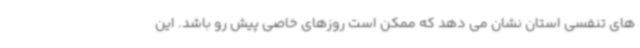
های تنفسی استان نشان می دهد که ممکن است روزهای خاصی پیش رو باشد. این